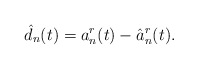
\begin{align*} \hat{d}_n(t) = a_n^r(t) - \hat{a}_n^{r}(t).\end{align*}